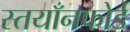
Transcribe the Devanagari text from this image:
स्तयाँनफोर्ड